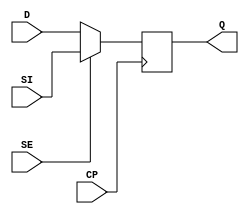
// ================================================================
// NVDLA Open Source Project
// 
// Copyright(c) 2016 - 2017 NVIDIA Corporation.  Licensed under the
// NVDLA Open Hardware License; Check "LICENSE" which comes with 
// this distribution for more information.
// ================================================================


module  SDFQD1 (
	 SI
	,D
	,SE
	,CP
	,Q
	);

input	 SI ;
input	 D ;
input	 SE ;
input	 CP ;
output	 Q ;
reg Q;

assign sel = SE ? SI : D;

always @(posedge CP)
begin
    Q <= sel;
end
endmodule